Sanitation, dispensaries and jails vaccination Rajputana 1922-1927 - 1922-1927
Year: 1922
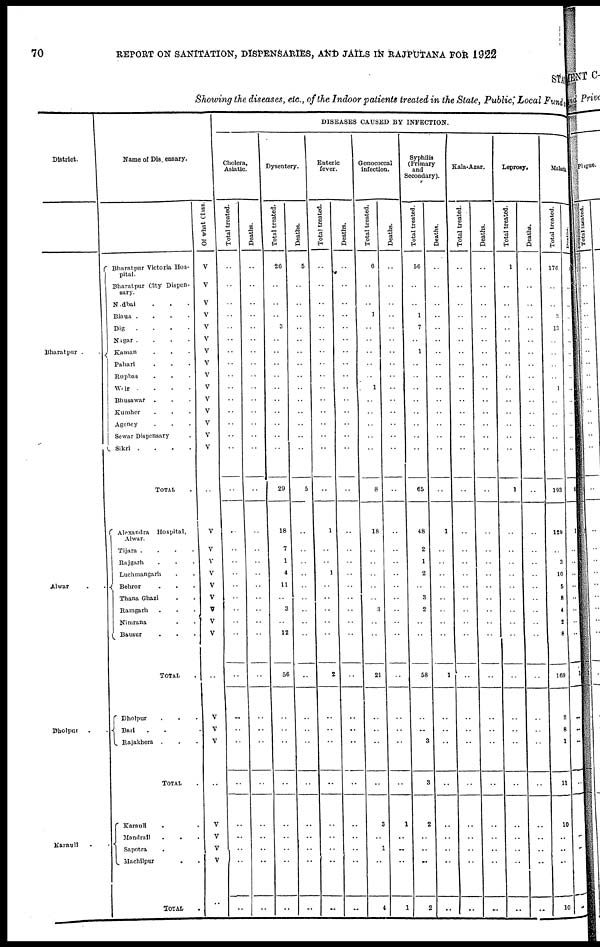
70
REPORT ON SANITATION, DISPENSARIES, AND JAILS IN RAJPUTANA FOR 1922
STAT
Showing the diseases, etc., of the Indoor patients treated in the State, Public, Local Fund.
District.
Bharatpur . .
Alwar . .
Dholpur . .
Karauli . .
Name of Dispensary.
Bharatpur Victoria Hos-
pital.
Bharatpur City Dispen-
sary.
Nadbai . . .
Biaua .
.
.
.
Dig
.
.
. .
Nagar . . . .
Kaman . . .
Pahari . . .
Rupbas . . .
Weir .
.
.
.
Bhusawar
. . .
Kumher . . .
Agency . . .
Sewar Dispensary .
Sikri .
.
.
.
TOTAL .
Alexandra
Hospital,
Alwar.
Tijara .
.
.
.
Rajgarh . . .
Luchmangarh . .
Behror . . .
Thana Ghazi . .
Ramgarh . . .
Nimrana
. .
Bausur
.
. .
TOTAL .
Dholpur . . .
Bari . .
Rajakhera . . .
TOTAL .
Karauli . .
Handrail . . .
Sapotra .
Machilpur . .
TOTAL .
Of what Class.
V
V
V
V
V
V
V
V
V
V
V
V
V
V
V
..
V
V
V
V
V
V
V
V
V
..
V
V
V
..
V
V
V
V
..
DISEASES CAUSED BY INFECTION.
Cholera,
Asiatic.
Total treated.
..
..
..
..
..
..
..
..
..
..
..
..
..
..
..
..
..
..
..
..
..
..
..
..
..
..
..
..
..
..
..
..
..
..
..
Deaths.
..
..
..
..
..
..
..
..
..
..
..
..
..
..
..
..
..
..
..
..
..
..
..
..
..
..
..
..
..
..
..
..
..
..
..
Dysentery.
Total treated.
26
..
..
..
3
..
..
..
..
..
..
..
..
..
..
29
18
7
1
4
11
..
3
..
12
56
..
..
..
..
..
..
..
..
..
Deaths.
5
..
..
..
..
..
..
..
..
..
..
..
..
..
..
5
..
..
..
..
..
..
..
..
..
..
..
..
..
..
..
..
..
..
..
Enteric
fever.
Total treated.
..
..
..
..
..
..
..
..
..
..
..
..
..
..
..
..
1
..
..
1
..
..
..
..
..
2
..
..
..
..
..
..
..
..
..
Deaths.
..
..
..
..
..
..
..
..
..
..
..
..
..
..
..
..
..
..
..
..
..
..
..
..
..
..
..
..
..
..
..
..
..
..
..
Gonoeoccal
infection.
Total treated.
6
..
..
1
..
..
..
..
..
1
..
..
..
..
..
8
18
..
..
..
..
..
3
..
..
21
..
..
..
..
3
..
1
..
4
Deaths.
..
..
..
..
..
..
..
..
..
..
..
..
..
..
..
..
..
..
..
..
..
..
..
..
..
..
..
..
..
..
1
..
..
..
1
Syphilis
(Primary
and
Secondary).
Total treated.
56
..
..
1
7
..
1
..
..
..
..
..
..
..
..
65
48
2
1
2
..
3
2
..
..
58
..
..
3
3
2
..
..
..
2
Deaths.
..
..
..
..
..
..
..
..
..
..
..
..
..
..
..
..
1
..
..
..
..
..
..
..
..
1
..
..
..
..
..
..
..
..
..
Kala-Azar.
Total treated.
..
..
..
..
..
..
..
..
..
..
..
..
..
..
..
..
..
..
..
..
..
..
..
..
..
..
..
..
..
..
..
..
..
..
..
Deaths.
..
..
..
..
..
..
..
..
..
..
..
..
..
..
..
..
..
..
..
..
..
..
..
..
..
..
..
..
..
..
..
..
..
..
..
Leprosy.
Total treated.
1
..
..
..
..
..
..
..
..
..
..
..
..
..
..
1
..
..
..
..
..
..
..
..
..
..
..
..
..
..
..
..
..
..
..
Deaths.
..
..
..
..
..
..
..
..
..
..
..
..
..
..
..
..
..
..
..
..
..
..
..
..
..
..
..
..
..
..
..
..
..
..
..
Malaria.
Total treated.
176
..
..
3
13
..
..
..
..
1
..
..
..
..
..
193
129
..
3
10
5
8
4
2
8
169
2
8
1
11
10
..
..
..
10
Deaths.
1
..
..
..
..
..
..
..
..
..
..
..
..
..
..
5
1
..
..
..
..
..
..
..
..
1
..
..
..
..
..
..
..
..
..